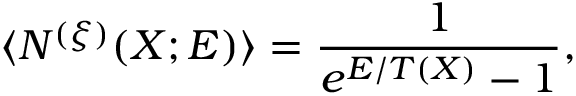
\langle N ^ { ( \xi ) } ( X ; { \cal E } ) \rangle = \frac { 1 } { e ^ { { \cal E } / T ( X ) } - 1 } ,